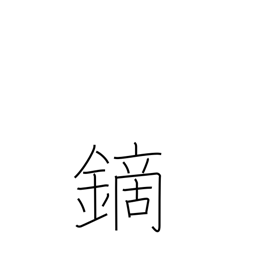
Meaning: arrowhead